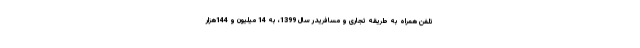
تلفن همراه به طریقه تجاری و مسافریدر سال 1399، به 14 میلیون و 144هزار